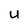
Character: U